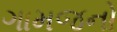
ગામજનો